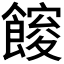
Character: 𮩋